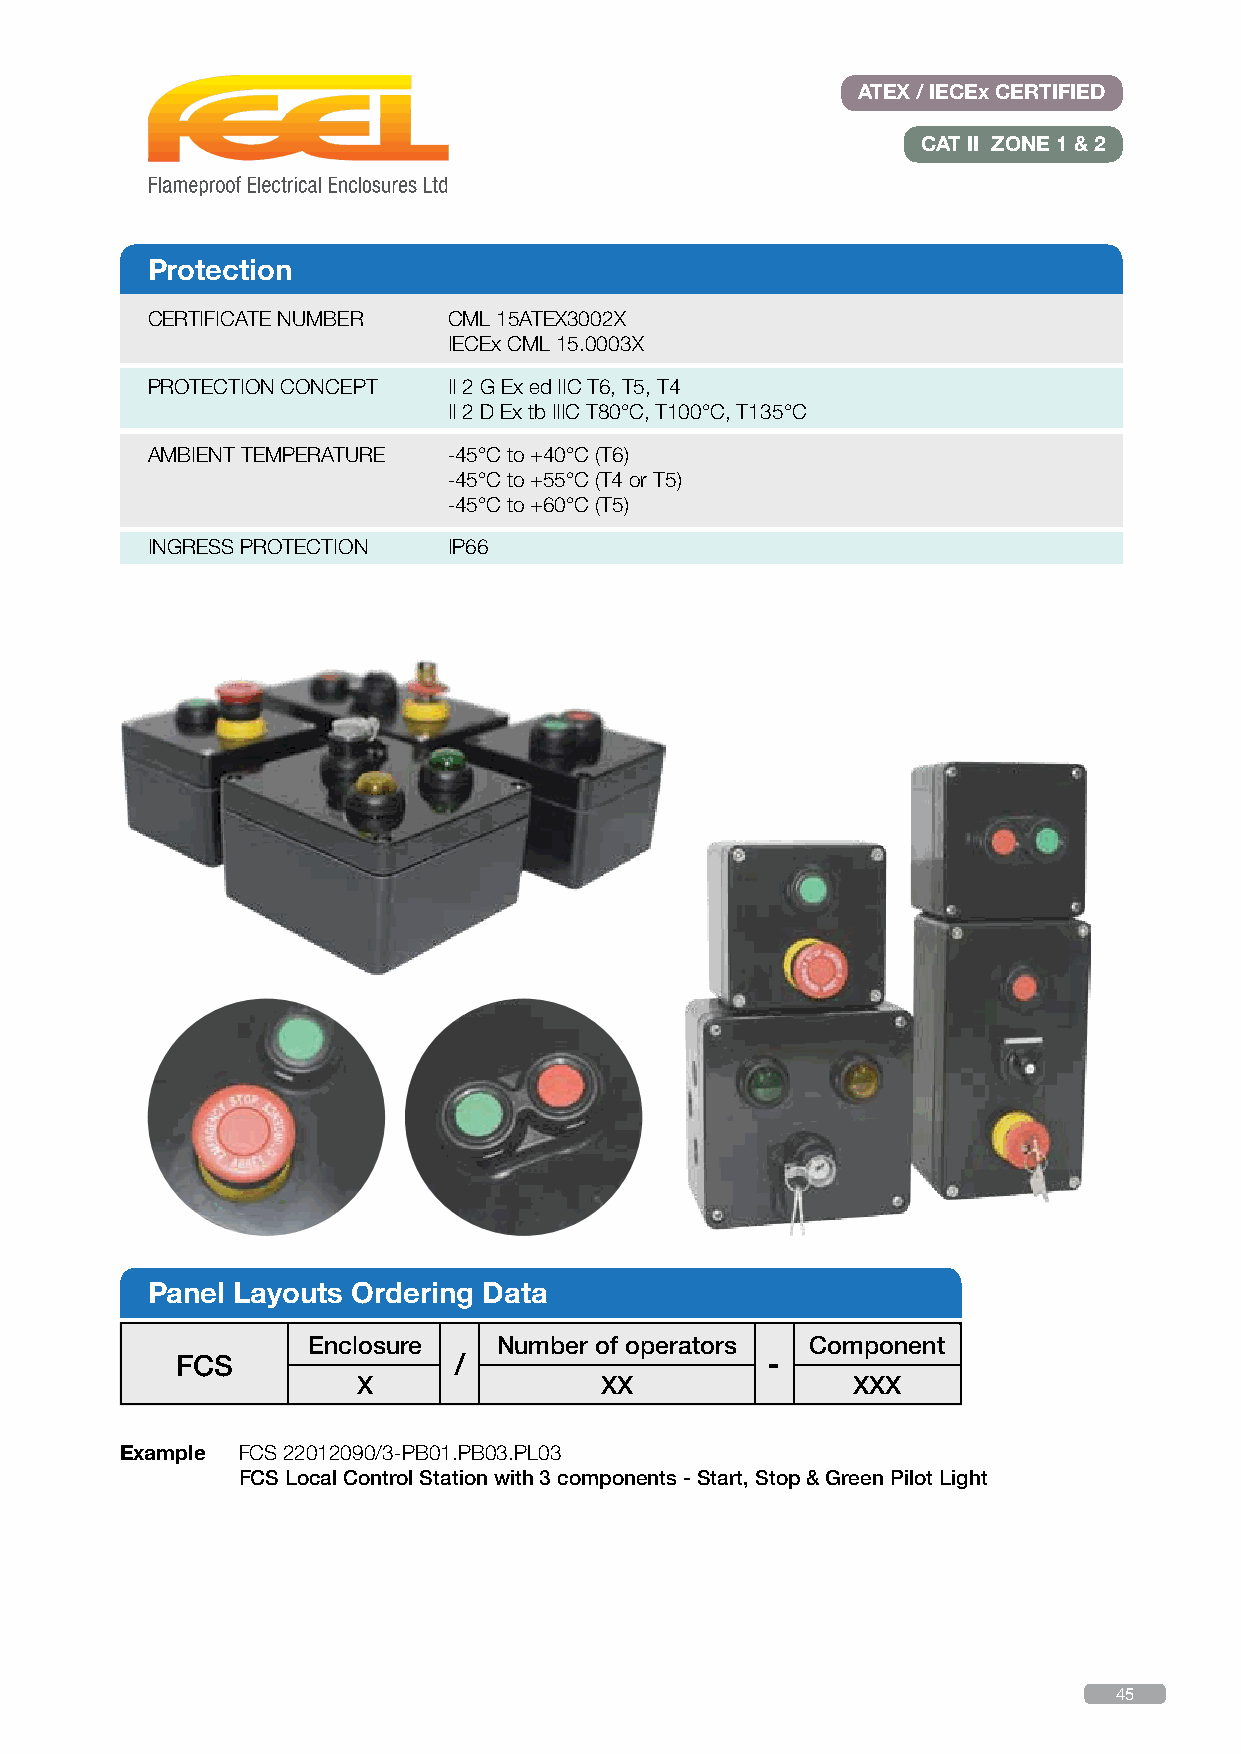
ATEX / IECEx CERTIFIED
 CAT II ZONE 1 & 2
 Protection
 CERTIFICATE NUMBER  CML 15ATEX3002X
 IECEx CML 15.0003X
 PROTECTION CONCEPT  II 2 G Ex ed IIC T6, T5, T4
 II 2 D Ex tb IIIC T80°C, T100°C, T135°C
 AMBIENT TEMPERATURE -45°C to +40°C (T6)
 -45°C to +55°C (T4 or T5)
 -45°C to +60°C (T5)
 INGRESS PROTECTION  IP66
 Panel Layouts Ordering Data
 Enclosure    Number of operators  Component
 FCS               /                    -
 X               XX              XXX
 Example FCS 22012090/3-PB01.PB03.PL03
 FCS Local Control Station with 3 components - Start, Stop & Green Pilot Light
 45